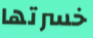
خسرتها